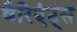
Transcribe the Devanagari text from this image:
वैरिएंट्स